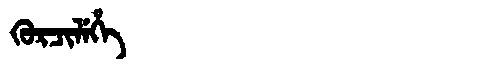
Manchu: ᡴᡠᡵᠴᡳᠯᡝᡥᡝ
Romanization: KURCILEHE